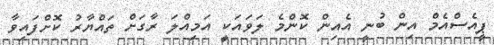
ޕީއެސްއެމް އިން ބުނީ އެއިން ކޮންމެ ލަވައަކީ އަމިއްލަ ރާގަށް ތައްޔާރު ކޮށްފައިވާ